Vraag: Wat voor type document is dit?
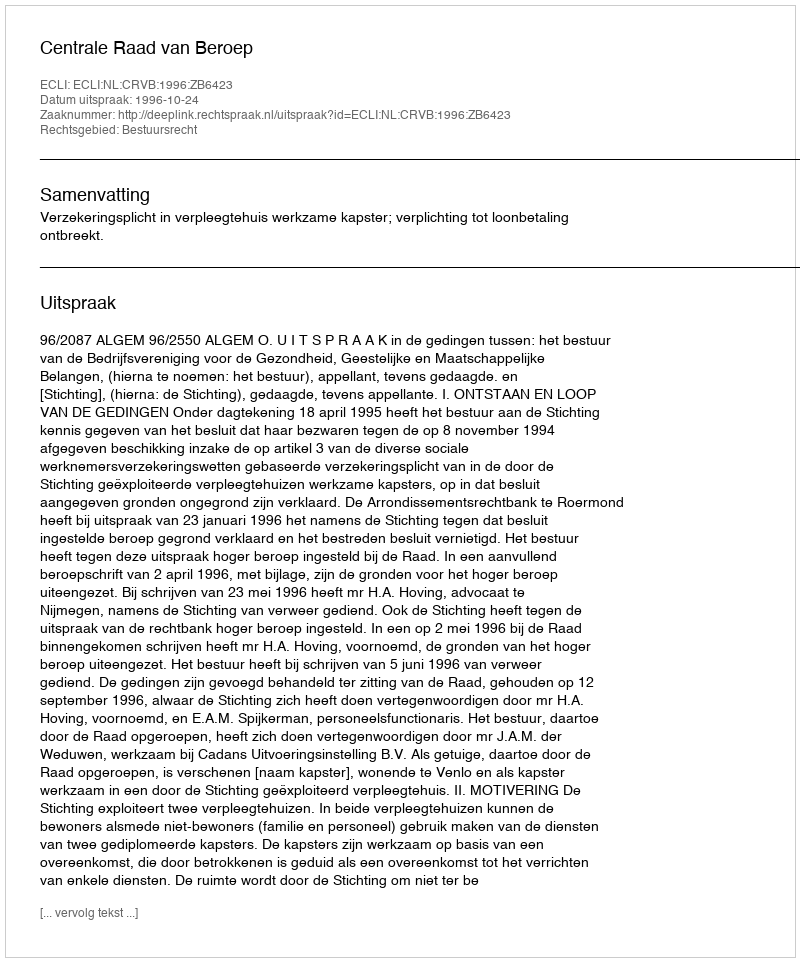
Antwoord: Uitspraak